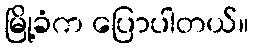
မြို့ခံက ပြောပါတယ်။